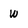
Character: w